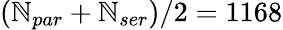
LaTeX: (\mathbb{N}_{par}+\mathbb{N}_{ser})/2=1168